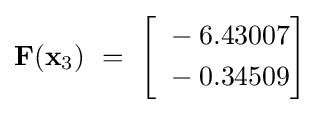
\mathbf {F} (\mathbf {x} _{3})~=~{\begin{bmatrix}{\begin{aligned}~&-6.43007\\~&-0.34509\end{aligned}}\end{bmatrix}}